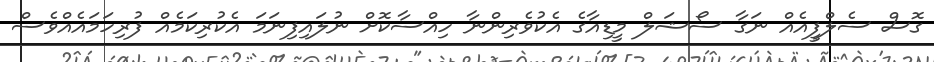
ގޮސް ސެލްފީއެއް ނަގާ ސޯޝަލް މީޑިއާގެ އެކުވެރިންނާ ހިއްސާކޮށް ނުލައިފިނަމަ އެކުރިކަމެއް ފުރިހަމައެއްވެސް